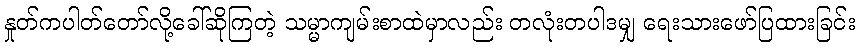
နှုတ်ကပါတ်တော်လို့ခေါ်ဆိုကြတဲ့ သမ္မာကျမ်းစာထဲမှာလည်း တလုံးတပါဒမျှ ရေးသားဖော်ပြထားခြင်း